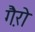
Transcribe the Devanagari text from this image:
गै़रो